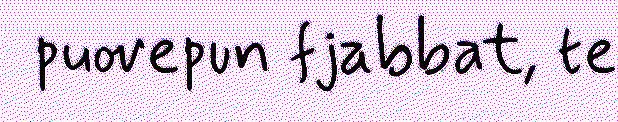
puovepun fjabbat, te